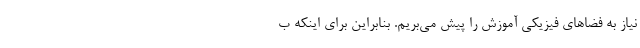
نیاز به فضاهای فیزیکی آموزش را پیش می‌بریم. بنابراین برای اینکه ب